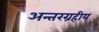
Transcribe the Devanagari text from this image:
अन्तरग्रहीय